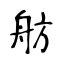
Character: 舫